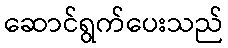
ဆောင်ရွက်ပေးသည်